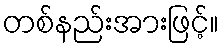
တစ်နည်းအားဖြင့်။